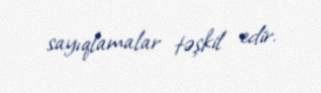
sayıqlamalar təşkil edir.